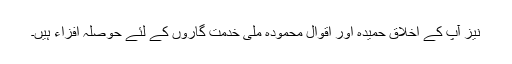
نیز آپ کے اخلاق حمیدہ اور اقوال محمودہ ملی خدمت گاروں کے لئے حوصلہ افزاء ہیں۔